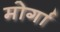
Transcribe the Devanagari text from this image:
मोर्गा